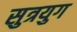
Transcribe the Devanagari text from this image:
सुत्रयुग